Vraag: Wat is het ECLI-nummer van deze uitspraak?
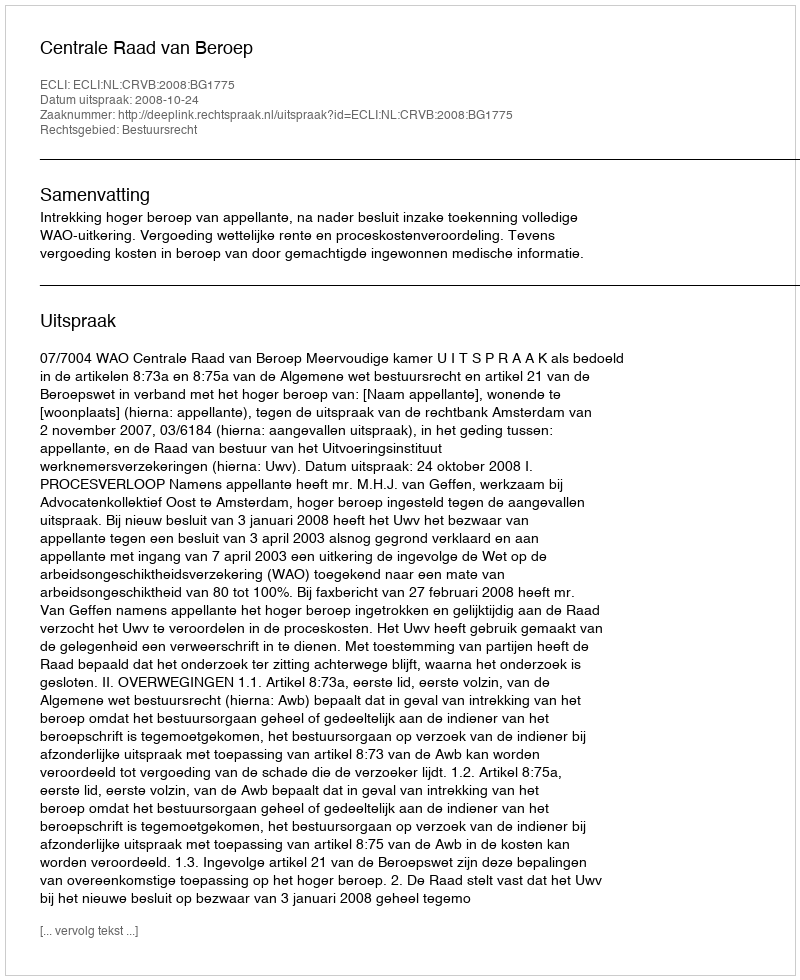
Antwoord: ECLI:NL:CRVB:2008:BG1775